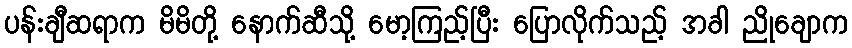
ပန်းချီဆရာက မိမိတို့ နောက်ဆီသို့ မော့ကြည့်ပြီး ပြောလိုက်သည့် အခါ ညိုချောက